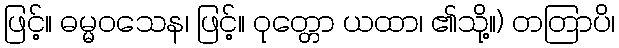
ဖြင့်။ ဓမ္မဝသေန၊ ဖြင့်။ ဝုတ္တော ယထာ၊ ၏သို့။) တတြာပိ၊